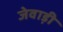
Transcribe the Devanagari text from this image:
जेवाड़ी